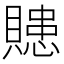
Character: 贃